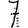
Digit: 7